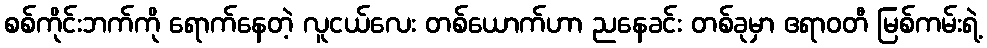
စစ်ကိုင်းဘက်ကို ရောက်နေတဲ့ လူငယ်လေး တစ်ယောက်ဟာ ညနေခင်း တစ်ခုမှာ ဧရာဝတီ မြစ်ကမ်းရဲ့